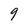
Character: 9